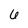
Character: 6